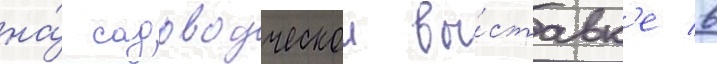
на́ садоводческои вы́ставк'е в